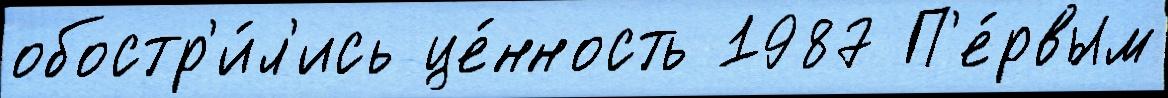
обостр'и́л'ись це́нность 1987 П'е́рвым